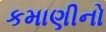
કમાણીનો